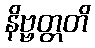
နိဗ္ဗတ္တတိ